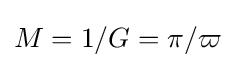
M=1/G=\pi /\varpi